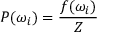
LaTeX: P ( \omega _ { i } ) = \frac { f ( \omega _ { i } ) } { Z }